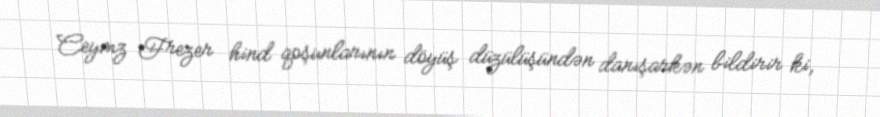
Ceymz Frezer hind qoşunlarının döyüş düzülüşündən danışarkən bildirir ki,